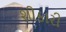
શીકારી